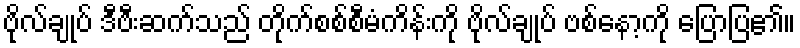
ဗိုလ်ချုပ် ဒီဗီးဆက်သည် တိုက်စစ်စီမံကိန်းကို ဗိုလ်ချုပ် ဗစ်နော့ကို ပြောပြ၏။